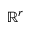
\mathbb { R } ^ { r }